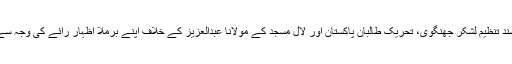
ذکی کو انتہا پسند تنظیم لشکر جھنگوی، تحریک طالبان پاکستان اور لال مسجد کے مولانا عبدالعزیز کے خلاف اپنے برملا اظہار رائے کی وجہ سے جانا جاتا تھا۔